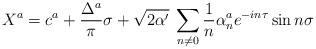
LaTeX: \begin{align*}X^{a}=c^{a}+\frac{\Delta ^{a}}{\pi }\sigma +\sqrt{2\alpha '}\: \sum _{n\neq 0}\frac{1}{n}\alpha ^{a}_{n}e^{-in\tau }\sin n\sigma\end{align*}